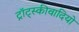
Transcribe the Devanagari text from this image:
ट्रॉट्स्कीवादियों